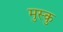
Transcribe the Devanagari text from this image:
मुस्कु